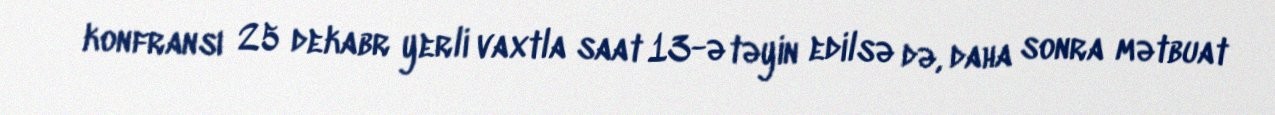
konfransı 25 dekabr yerli vaxtla saat 13-ə təyin edilsə də, daha sonra mətbuat